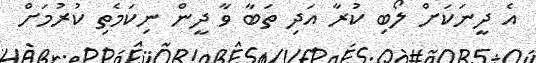
އެ ދީނަކަށް ލޯބި ކުރާ އަދި ތަބާ ވާ ދީން ނިކަމެތި ކުރުމަށް